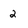
Character: 2